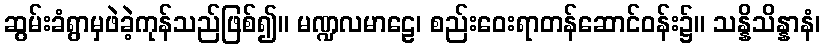
ဆွမ်းခံရွာမှဖဲခဲ့ကုန်သည်ဖြစ်၍။ မဏ္ဍလမာဠေ၊ စည်းဝေးရာတန်ဆောင်ဝန်း၌။ သန္နိသိန္နာနံ၊